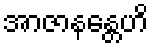
အာဇာနန္တေဟိ